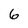
Character: 6